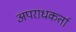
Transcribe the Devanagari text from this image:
अपराधकर्ता